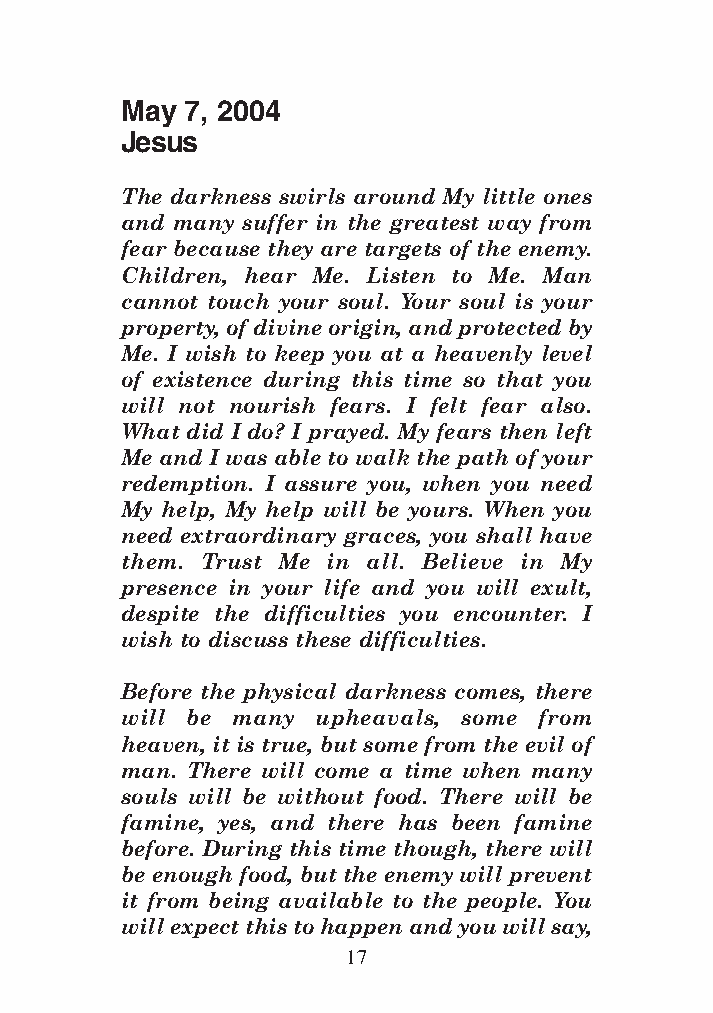
DFOT Vol 5 No App_1 12/3/13 8:54 PM Page 17
 May 7, 2004
 Jesus
 The darkness swirls around My little ones
 and many suffer in the greatest way from
 fear because they are targets of the enemy.
 Children, hear Me. Listen to Me. Man
 cannot touch your soul. Your soul is your
 property, of divine origin, and protected by
 Me. I wish to keep you at a heavenly level
 of existence during this time so that you
 will not nourish fears. I felt fear also.
 What did I do? I prayed. My fears then left
 Me and I was able to walk the path of your
 redemption. I assure you, when you need
 My help, My help will be yours. When you
 need extraordinary graces, you shall have
 them. Trust Me in all. Believe in My
 presence in your life and you will exult,
 despite the difficulties you encounter. I
 wish to discuss these difficulties.
 Before the physical darkness comes, there
 will be many upheavals, some from
 heaven, it is true, but some from the evil of
 man. There will come a time when many
 souls will be without food. There will be
 famine, yes, and there has been famine
 before. During this time though, there will
 be enough food, but the enemy will prevent
 it from being available to the people. You
 will expect this to happen and you will say,
 17